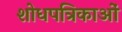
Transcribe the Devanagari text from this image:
शोधपत्रिकाओं